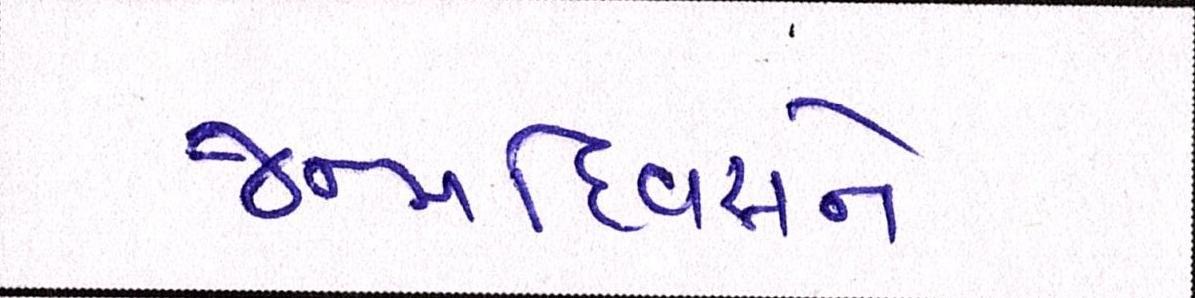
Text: જન્મદિવસને